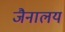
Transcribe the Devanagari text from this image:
जैनालय